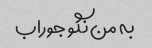
به من نگو ​​جوراب